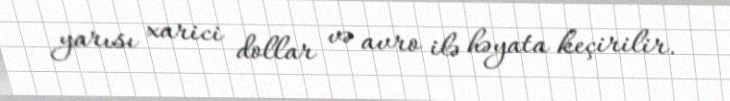
yarısı xarici dollar və avro ilə həyata keçirilir.